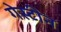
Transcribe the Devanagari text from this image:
गेस्टीन